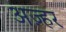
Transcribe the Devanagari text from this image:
अज़्हर